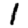
Digit: 1